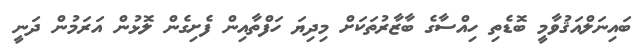
ބައިނަލްއަޤުވާމީ ބޮޑެތި ހިއްސާގެ ބާޒާރުތަކަށް މިދިޔަ ހަފްތާއިން ފެށިގެން ލޮޅުން އަރަމުން ދަނީ